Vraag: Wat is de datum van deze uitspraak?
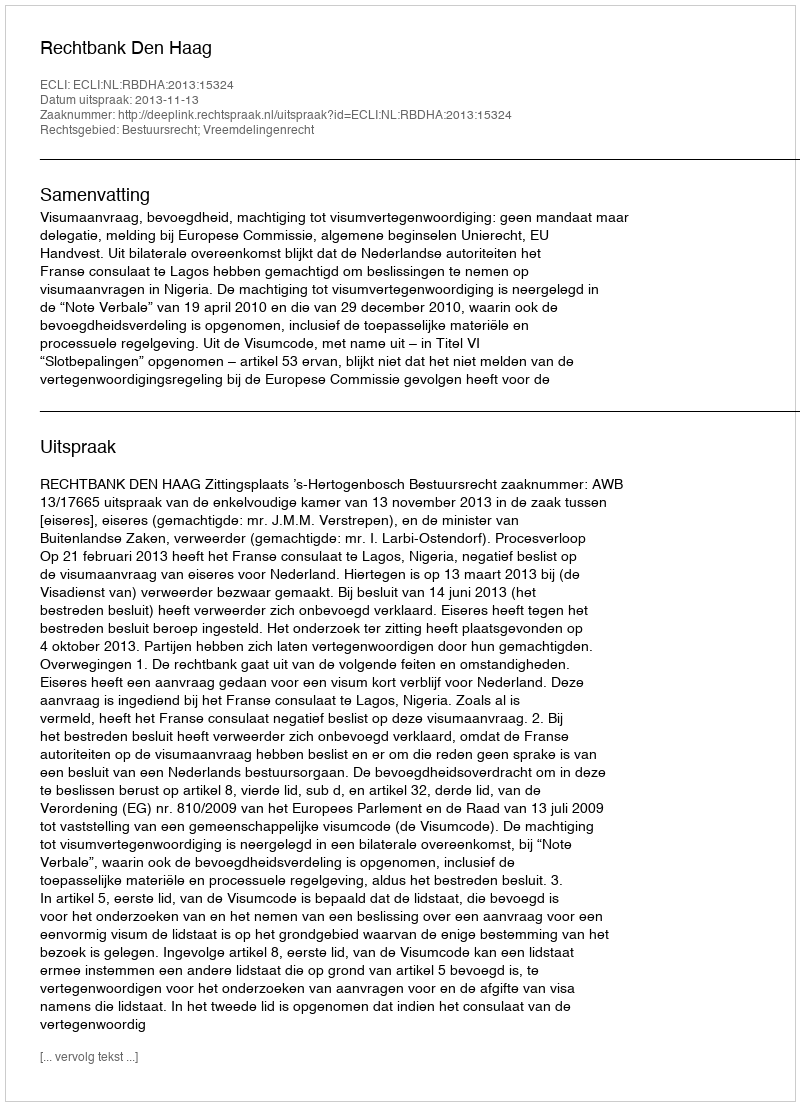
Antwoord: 2013-11-13